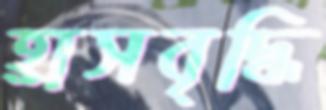
হ্রাসবৃদ্ধি